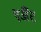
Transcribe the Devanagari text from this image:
एजैंट